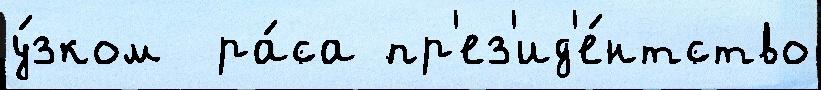
у́зком  ра́са пр'ез'ид'е́нтство